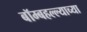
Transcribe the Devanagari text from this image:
बॉम्बहल्ल्याच्या